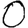
Digit: 0